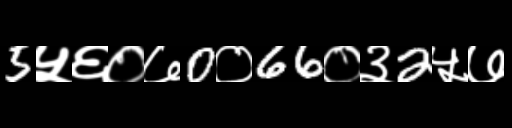
Text: 5५६०७0०66०३2५७